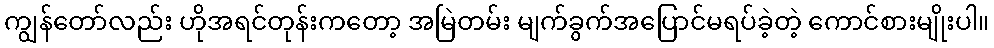
ကျွန်တော်လည်း ဟိုအရင်တုန်းကတော့ အမြဲတမ်း မျက်ခွက်အပြောင်မရပ်ခဲ့တဲ့ ကောင်စားမျိုးပါ။